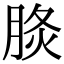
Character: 𦛧